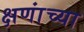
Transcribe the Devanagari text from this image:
क्षणांच्या